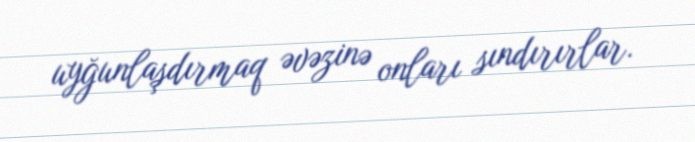
uyğunlaşdırmaq əvəzinə onları sındırırlar.